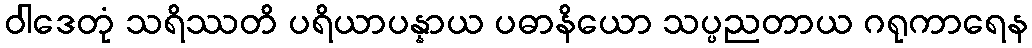
ဝါဒေတုံ သရိဿတိ ပရိယာပန္နာယ ပဓာနိယော သပ္ပညတာယ ဂရုကာရေန